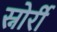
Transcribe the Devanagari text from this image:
स्नोर्री